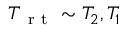
T _ { \mathrm { ~ r ~ t ~ } } \sim T _ { 2 } , T _ { 1 }